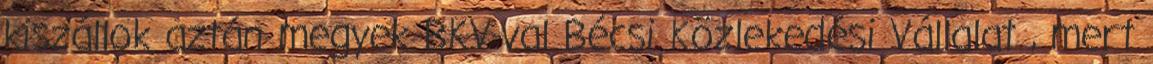
kiszállok aztán megyek BKV-val Bécsi Közlekedési Vállalat , mert